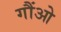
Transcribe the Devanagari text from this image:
गौंओ